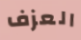
العزف